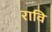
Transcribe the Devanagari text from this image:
रावि